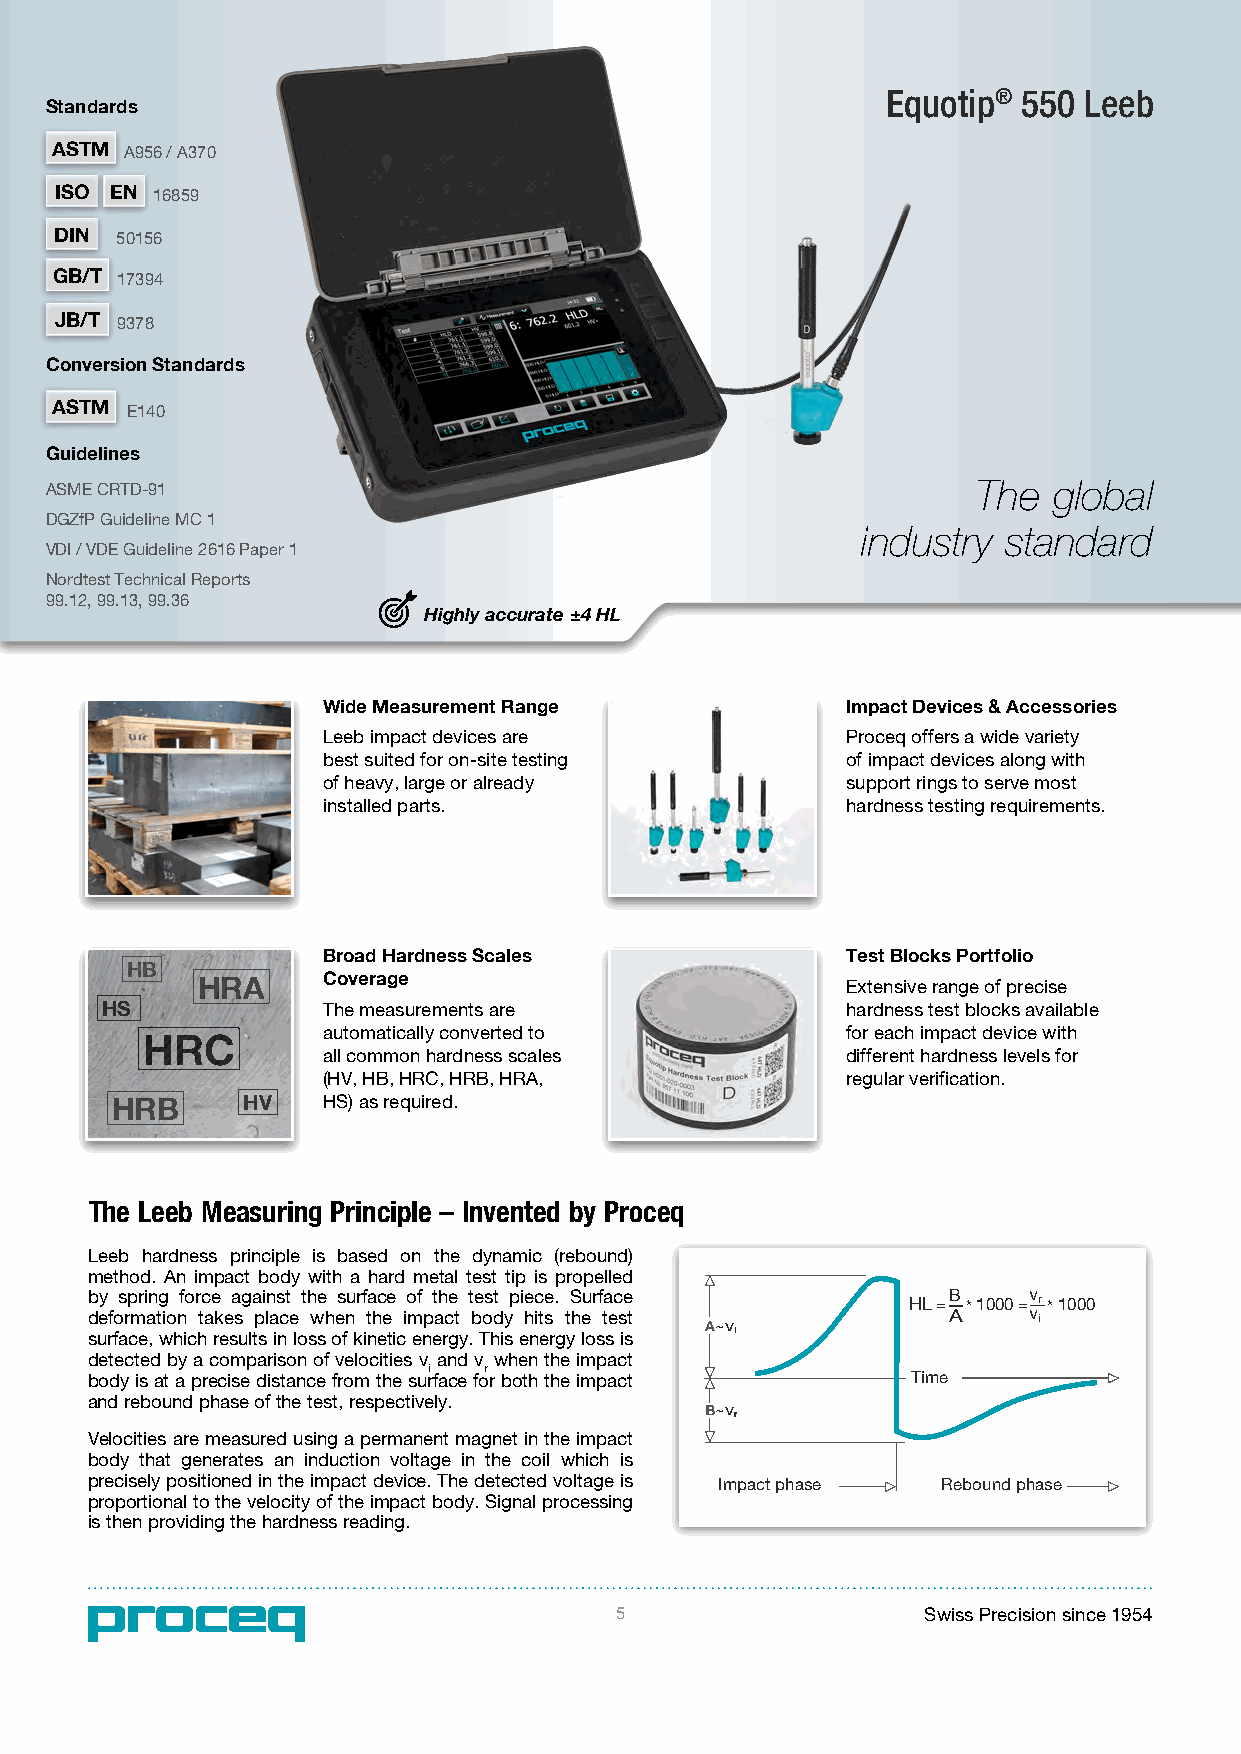
Equotip® 550 Leeb
 Standards
 ASTM A956 / A370
 ISO EN 16859
 DIN 50156
 GB/T 17394
 JB/T 9378
 Conversion Standards
 ASTM E140
 Guidelines
 ASME CRTD-91                                                  The  global
 DGZfP Guideline MC 1
 industry  standard
 VDI / VDE Guideline 2616 Paper 1
 Nordtest Technical Reports
 99.12, 99.13, 99.36
 Highly accurate ±4 HL
 Wide Measurement Range             Impact Devices & Accessories
 Leeb impact devices are            Proceq offers a wide variety
 best suited for on-site testing    of impact devices along with
 of heavy, large or already         support rings to serve most
 installed parts.                   hardness testing requirements.
 Broad Hardness Scales              Test Blocks Portfolio
 HB
 HRA     Coverage                           Extensive range of precise
 HS            The measurements are               hardness test blocks available
 automatically converted to         for each impact device with
 HRC
 all common hardness scales         different hardness levels for
 (HV, HB, HRC, HRB, HRA,            regular verification.
 HRB      HV   HS) as required.
 The Leeb Measuring Principle – Invented by Proceq
 Leeb hardness principle is based on the dynamic (rebound)
 method. An impact body with a hard metal test tip is propelled
 by spring force against the surface of the test piece. Surface HL = B * 1000 = v r * 1000
 deformation takes place when the impact body hits the test ~v A v i
 surface, which results in loss of kinetic energy. This energy loss is i
 detected by a comparison of velocities v and v when the impact
 body is at a precise distance from the suri face for r both the impact Time
 and rebound phase of the test, respectively.
 ~v
 r
 Velocities are measured using a permanent magnet in the impact
 body that generates an induction voltage in the coil which is
 precisely positioned in the impact device. The detected voltage is Impact phase Rebound phase
 proportional to the velocity of the impact body. Signal processing
 is then providing the hardness reading.
 5                                        5                   Swiss Precision since 1954